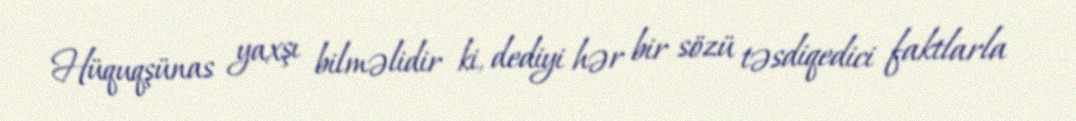
Hüquqşünas yaxşı bilməlidir ki, dediyi hər bir sözü təsdiqedici faktlarla